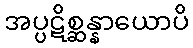
အပ္ပဋိစ္ဆန္နာယောပိ